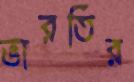
ভারতির